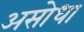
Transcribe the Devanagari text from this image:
असोधा